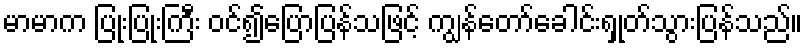
မာမာက ပြုံးပြုံးကြီး ဝင်၍ပြောပြန်သဖြင့် ကျွန်တော်ခေါင်းရှုတ်သွားပြန်သည်။